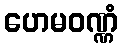
ဟေမဝဏ္ဏံ